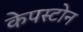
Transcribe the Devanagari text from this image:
केपस्टोन